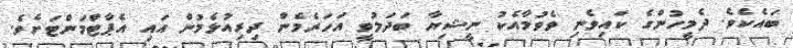
ބައެކެވެ. ދެމީހުންގެ ކައިވެނި ވެވުމާއެކު ނީޝިޔާ ބަދަލުވީ އަހަރެމެން ދިރިއުޅެމުން އައި އެޕާޓްމަންޓަށެވެ.